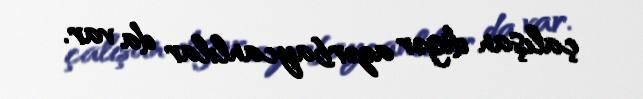
çalışan digər azərbaycanlılar da var.